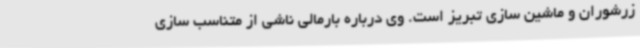
زرشوران و ماشین سازی تبریز است. وی درباره بارمالی ناشی از متناسب سازی